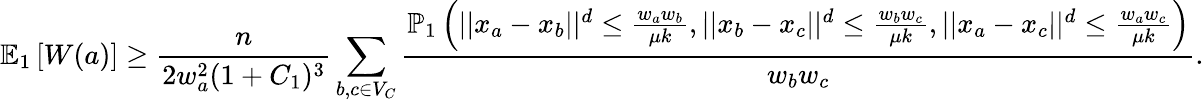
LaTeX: \mathbb{E}_{1}\left[W(a)\right]\geq\frac{n}{2w_{a}^{2}(1+C_{1})^{3}}\sum_{b,c\in V_{C}}\frac{\mathbb{P}_{1}\left(||x_{a}-x_{b}||^{d}\leq\frac{w_{a}w_{b}}{\mu k},||x_{b}-x_{c}||^{d}\leq\frac{w_{b}w_{c}}{\mu k},||x_{a}-x_{c}||^{d}\leq\frac{w_{a}w_{c}}{\mu k}\right)}{w_{b}w_{c}}.